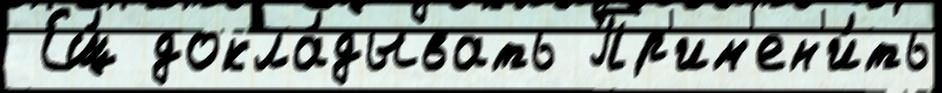
 Ещ́ докла́дывать Пр'им'ен'и́ть